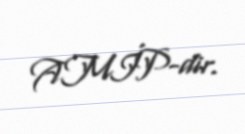
AMİP-dir.